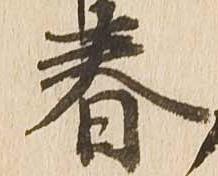
春